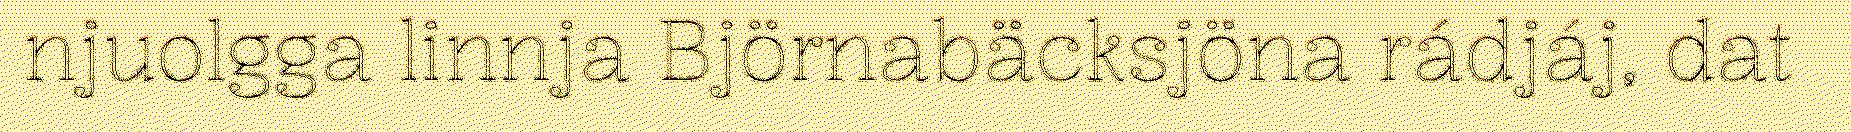
njuolgga linnja Björnabäcksjöna rádjáj, dat